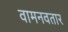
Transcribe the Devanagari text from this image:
वामनवतार